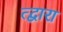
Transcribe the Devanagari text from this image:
त्द्वारा